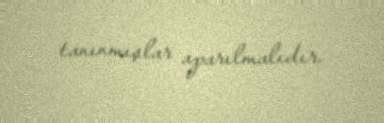
tanınmışlar aparılmalıdır.